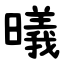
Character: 㬢